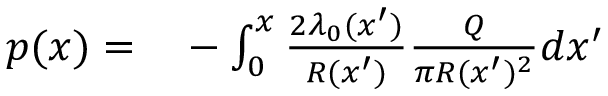
\begin{array} { r l } { p ( x ) = } & { { } - \int _ { 0 } ^ { x } \frac { 2 \lambda _ { 0 } ( x ^ { \prime } ) } { R ( x ^ { \prime } ) } \frac { Q } { \pi R ( x ^ { \prime } ) ^ { 2 } } d x ^ { \prime } } \end{array}